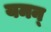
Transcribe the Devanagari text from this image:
यमन्